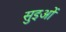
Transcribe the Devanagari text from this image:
सुइओं